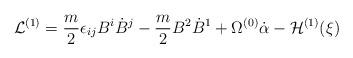
LaTeX: \begin{align*}{\cal L}^{(1)} = \frac{m}{2} \epsilon_{ij} B^i \dot B^j - \frac{m}{2} B^2 \dot B^1 + \Omega^{(0)}\dot\alpha - {\cal H}^{(1)}(\xi)\end{align*}